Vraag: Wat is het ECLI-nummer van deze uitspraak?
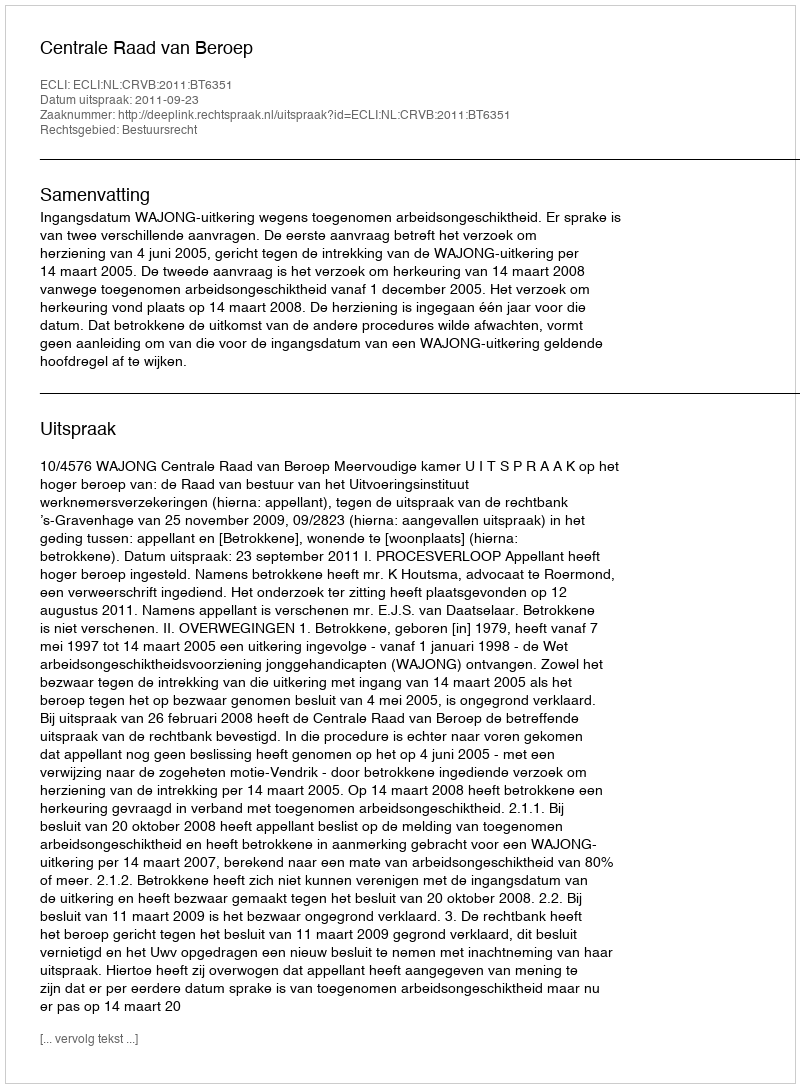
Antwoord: ECLI:NL:CRVB:2011:BT6351